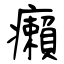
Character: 癩